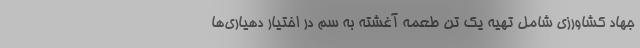
جهاد کشاورزی شامل تهیه یک تن طعمه آغشته به سم در اختیار دهیاری‌ها